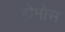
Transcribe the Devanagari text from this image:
होमोस